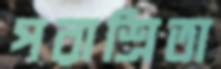
পরাশ্রিতা